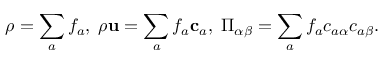
\rho = \sum _ { a } f _ { a } , \; \rho \mathbf { u } = \sum _ { a } f _ { a } \mathbf { c } _ { a } , \; \Pi _ { \alpha \beta } = \sum _ { a } f _ { a } c _ { a \alpha } c _ { a \beta } .